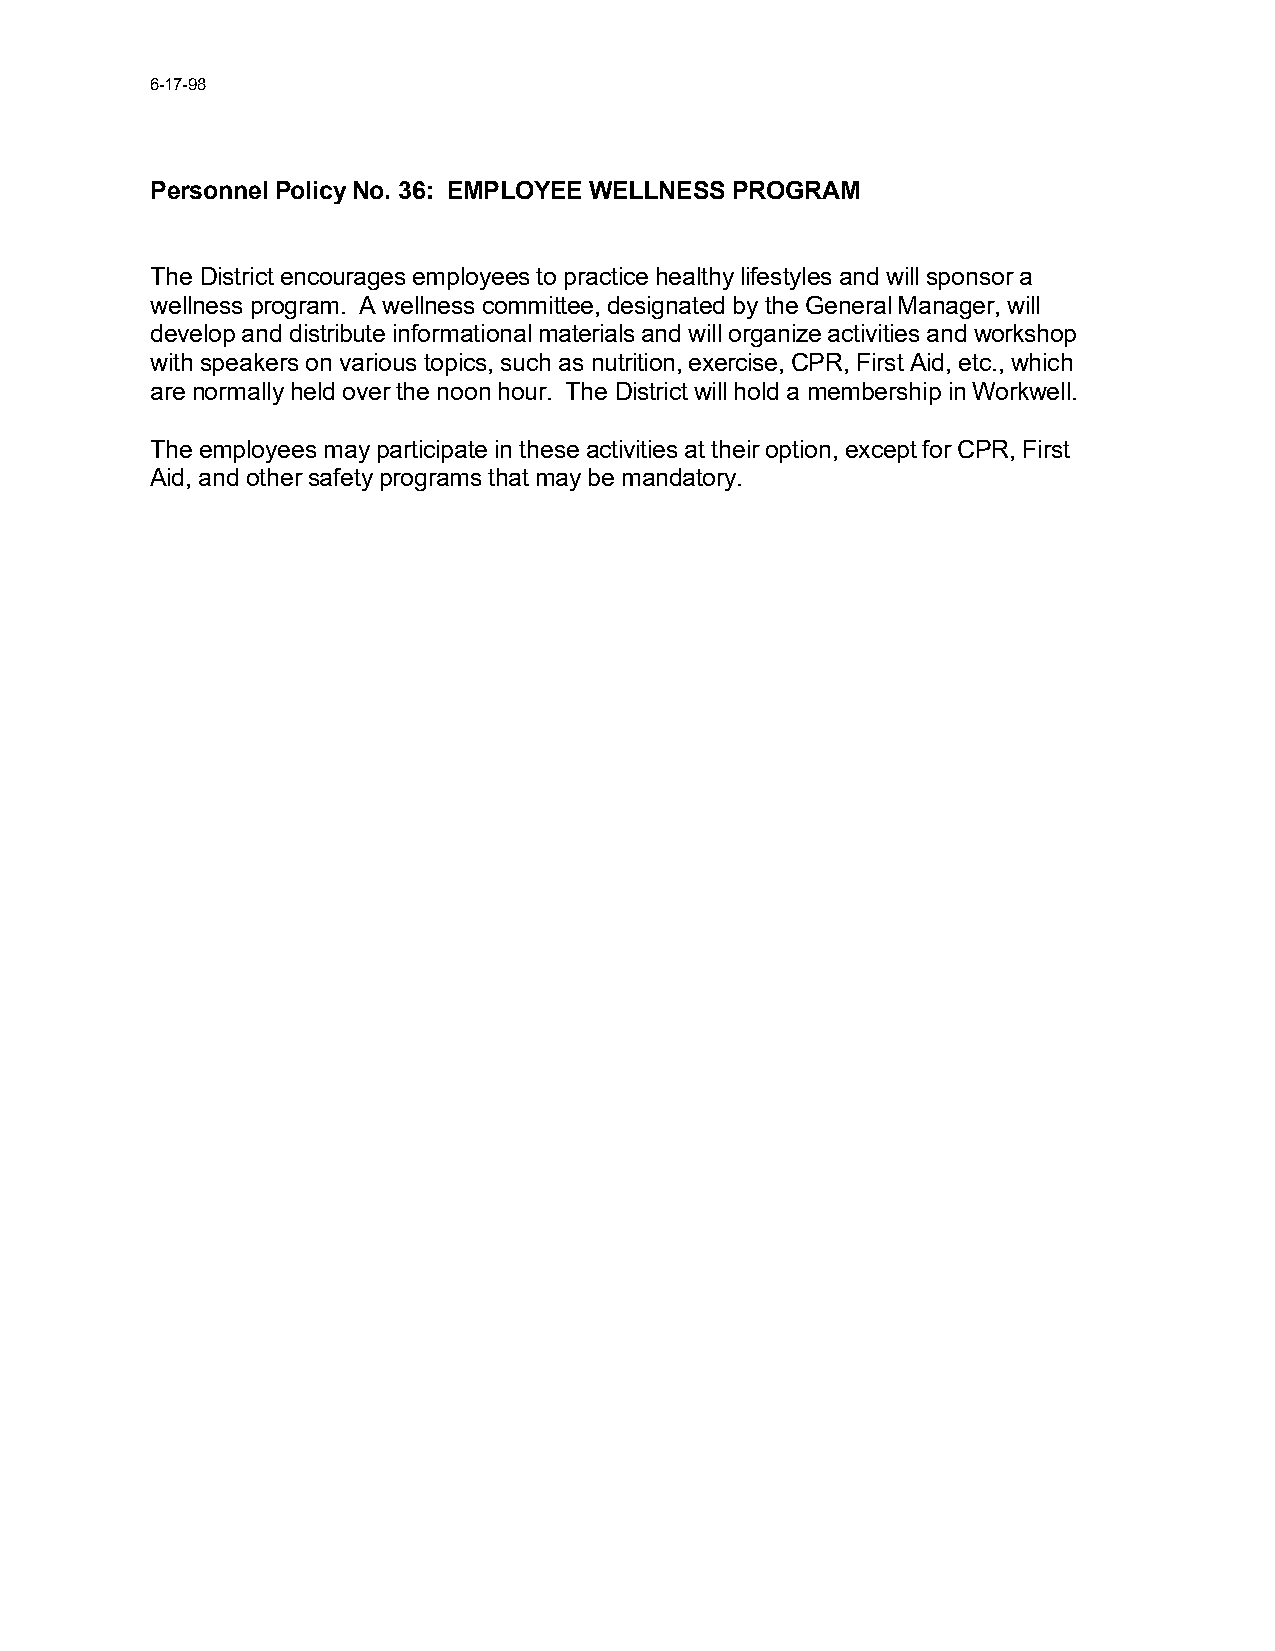
6-17-98
 Personnel Policy No. 36: EMPLOYEE WELLNESS PROGRAM
 The District encourages employees to practice healthy lifestyles and will sponsor a
 wellness program. A wellness committee, designated by the General Manager, will
 develop and distribute informational materials and will organize activities and workshop
 with speakers on various topics, such as nutrition, exercise, CPR, First Aid, etc., which
 are normally held over the noon hour. The District will hold a membership in Workwell.
 The employees may participate in these activities at their option, except for CPR, First
 Aid, and other safety programs that may be mandatory.